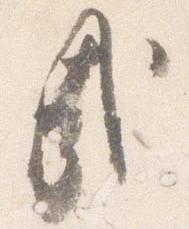
哉